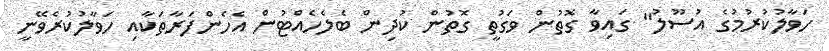
ހަވާލުކުރުމުގެ އުސޫލު" ގައިވާ ގޮތުން ވަގުތީ ގޮތުން ކުދިން ބެލެހެއްޓުން އެހެންފަރާތަކާއި ހަވާލުކުރެވޭނީ